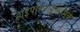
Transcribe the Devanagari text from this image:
हाइपोग्लाइकेमिक